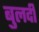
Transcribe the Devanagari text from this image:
बुलदी